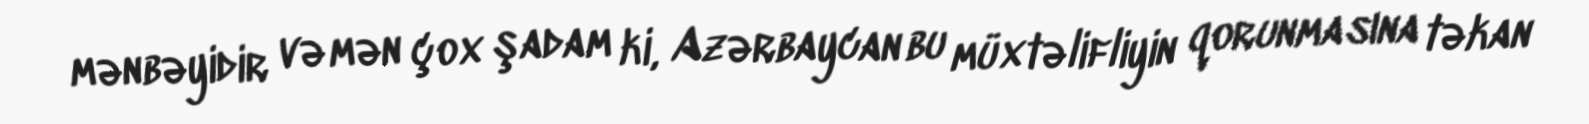
mənbəyidir və mən çox şadam ki, Azərbaycan bu müxtəlifliyin qorunmasına təkan